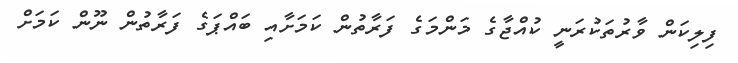
ފިލިކަން ވާރުތަކުރަނީ ކުއްޖާގެ މަންމަގެ ފަރާތުން ކަމަށާއި ބައްޕަގެ ފަރާތުން ނޫން ކަމަށް